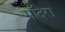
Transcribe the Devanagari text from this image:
माँदेरा